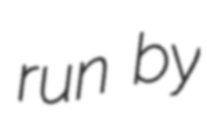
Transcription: run by